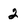
Character: 2